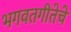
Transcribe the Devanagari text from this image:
भगवतगीतेचे